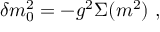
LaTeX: \delta m _ { 0 } ^ { 2 } = - g ^ { 2 } \Sigma ( m ^ { 2 } ) \ ,